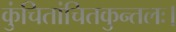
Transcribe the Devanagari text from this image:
कुंचितांचितकुन्तलः।